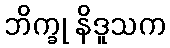
ဘိက္ခု နိဒူသက